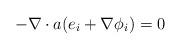
LaTeX: \begin{align*}-\nabla\cdot a(e_i+\nabla\phi_i)=0\end{align*}